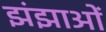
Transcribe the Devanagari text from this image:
झंझाओं